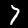
Label: 7